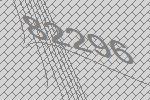
82296